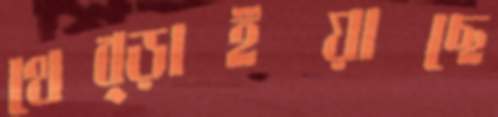
থেব্‌ড়াইয়াছে